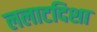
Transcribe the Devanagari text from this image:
ललाटदिशा